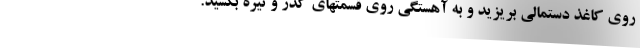
روی کاغذ دستمالی بریزید و به آهستگی روی قسمتهای کدر و تیره بکشید.